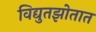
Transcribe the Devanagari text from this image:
विद्युतझोतात